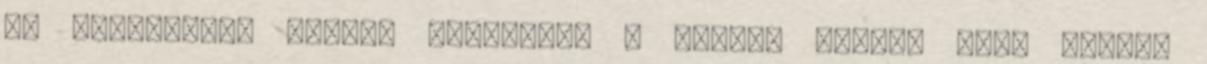
az összképbe, nagyon erőltett. A “Debra rájön, hogy Dexter